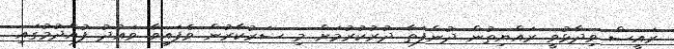
ރައީސް ވިދާޅުވީ ރައްޔިތުން ދުންފަތާ ދުރުކުރުމަށް މި ސަރުކާރުން ވެފައިވާ ވައުދު ފުއްދުމުގައި